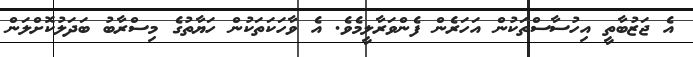
އެ ޖަޒުބާތީ އިހުސާސްތަކުން އަހަރެން ފެންވަރާލީމެވެ. އެ ވާހަކަތަކުން ހަޔާތުގެ މިސްރާބު ބަދަލުކޮށްލަން